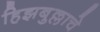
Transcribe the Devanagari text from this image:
हिझबुल्लाचे